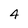
Character: 4